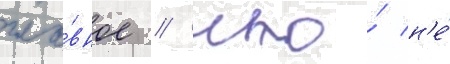
гла́вное / что́ н'е́